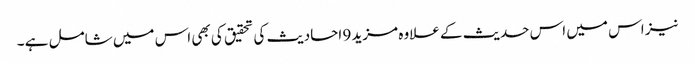
نیز اس میں اس حدیث کے علاوہ مزید 9 احادیث کی تحقیق کی بھی اس میں شامل ہے ۔